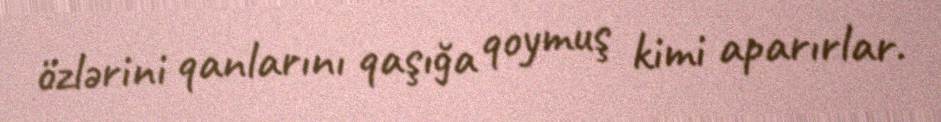
özlərini qanlarını qaşığa qoymuş kimi aparırlar.